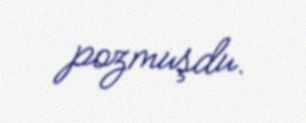
pozmuşdu.